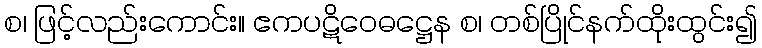
စ၊ ဖြင့်လည်းကောင်း။ ဧကပဋိဝေဓဋ္ဌေန စ၊ တစ်ပြိုင်နက်ထိုးထွင်း၍